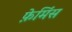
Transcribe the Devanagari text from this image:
फ़ेमिंस